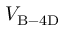
V _ { \mathrm { B - 4 D } }